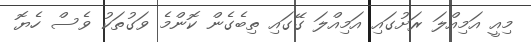
މިއީ އަމިއްލަ ރަށުގައި އަމިއްލަ ގޭގައި ތިބެގެން ކޮންމެ ވަގުތަކު ވެސް ހެޔޮ